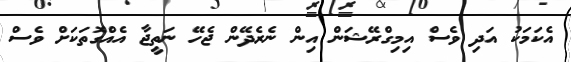
އެކަމަކު އަދި ވެސް އިމިގްރޭޝަން އިން ނެރެދޭން ޖެހޭ ނަތީޖާ އެއްގޮތަކަށް ވެސް